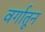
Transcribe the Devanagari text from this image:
वर्गातून